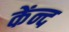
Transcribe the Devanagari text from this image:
केंन्द